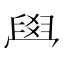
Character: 𦥯